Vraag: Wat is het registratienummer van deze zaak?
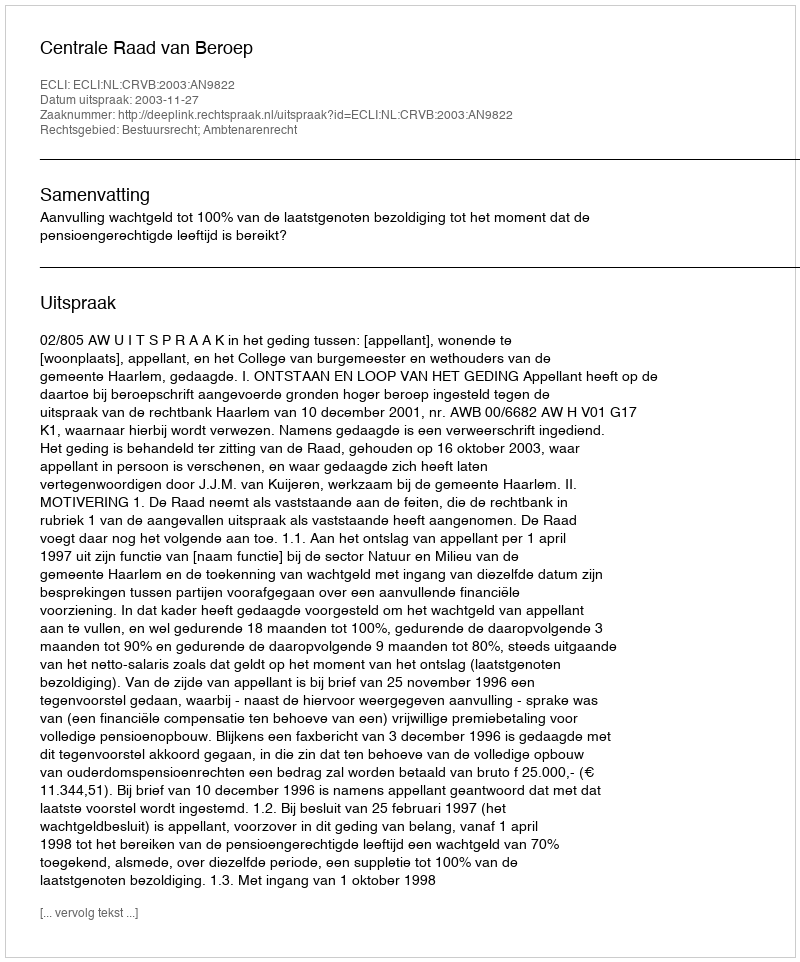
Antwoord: http://deeplink.rechtspraak.nl/uitspraak?id=ECLI:NL:CRVB:2003:AN9822